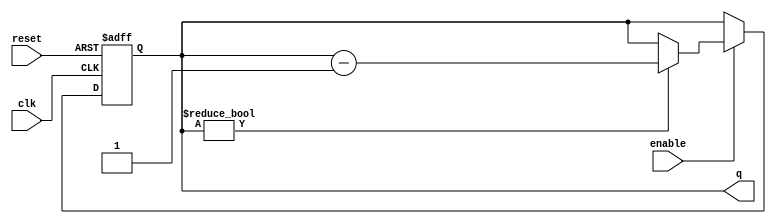
module BinaryDownCounter #(
    parameter N = 4 // Number of bits for the counter
)(
    input wire clk,         // Clock input
    input wire reset,       // Asynchronous reset input
    input wire enable,      // Counting enable input
    output reg [N-1:0] q    // N-bit output for the current count
);

    // Maximum count value
    localparam MAX_COUNT = (1 << N) - 1; // (2^N) - 1

    // Sequential logic for the counter
    always @(posedge clk or posedge reset) begin
        if (reset) begin
            q <= MAX_COUNT; // Reset to maximum value
        end else if (enable) begin
            if (q != 0) begin
                q <= q - 1; // Decrement the counter
            end
        end
    end

endmodule